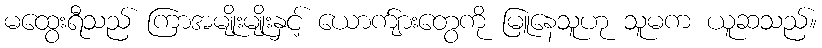
မထွေးရီသည် ကြာအမျိုးမျိုးနှင့် ယောက်ျားတွေကို မြူနေသူဟု သူမက ယူဆသည်။